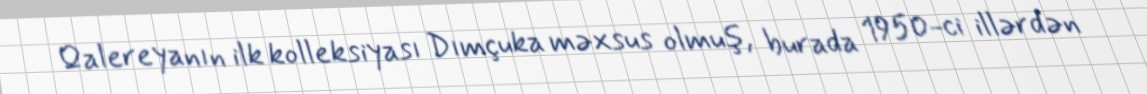
Qalereyanın ilk kolleksiyası Dımçuka məxsus olmuş, burada 1950-ci illərdən